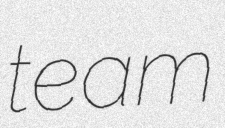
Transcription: team